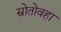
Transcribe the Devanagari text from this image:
स्रोतोवहा